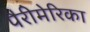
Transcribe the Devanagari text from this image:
पैरीमेरिका